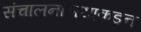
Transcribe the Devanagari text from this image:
संचालनालयाकडून